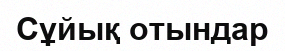
Сұйық отындар